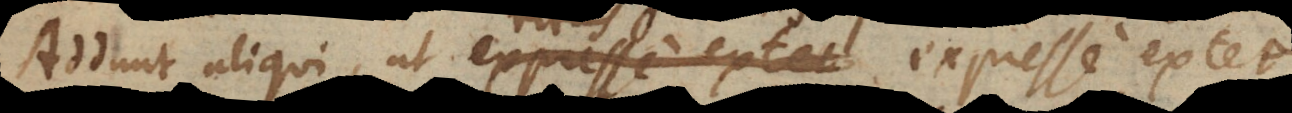
Addunt aliqui, ut ritus expresse extet